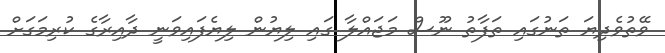
ވޭތުވެދިޔަ ތަނުގައި ތަފާތު ނޫސް މަޖައްލާ ގައި ލިޔުން ލިޔެފައިވަނީ ދާއިރާގެ ކުރިމަގަށް